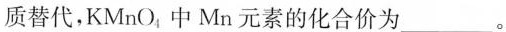
质替代，KMnO，中Mn元素的化合价为___。